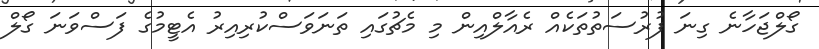
ގޯލްޖަހާނެ ގިނަ ފުރުސަތުތަކެއް ރެއާލްއިން މި މެޗުގައި ތަނަވަސްކުރިއިރު އެޓީމުގެ ފަސްވަނަ ގޯލް